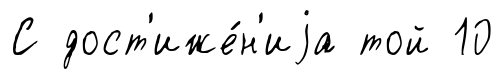
С дост'иже́н'иjа той 10